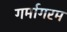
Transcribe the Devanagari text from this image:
गर्मागरम